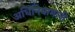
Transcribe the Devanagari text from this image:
अधिनियामानी